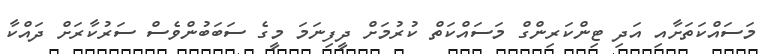
މަސައްކަތަށާއި އަދި ޓިންކަރިންގް މަސައްކަތް ކުރުމަށް ދީފިނަމަ މީގެ ސަބަބުންވެސް ސަރުކާރަށް ދައްކާ